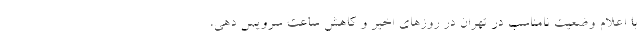
با اعلام وضعیت نامناسب در تهران در روزهای اخیر و کاهش ساعت سرویس دهی،